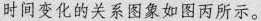
时间变化的关系图象如图丙所示。